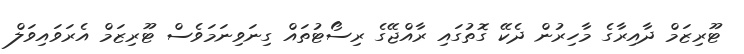
ޓޫރިޒަމް ދާއިރާގެ މާހިރުން ދެކޭ ގޮތުގައި ރާއްޖޭގެ ރިސޯޓުތައް ގިނަވިނަމަވެސް ޓޫރިޒަމް އެރަވައިވަލް